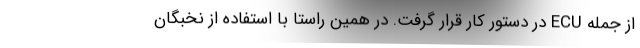
از جمله ECU در دستور کار قرار گرفت. در همین راستا با استفاده از نخبگان